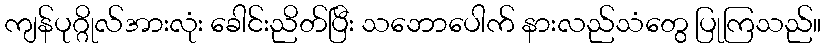
ကျန်ပုဂ္ဂိုလ်အားလုံး ခေါင်းညိတ်ပြီး သဘောပေါက် နားလည်သံတွေ ပြုကြသည်။